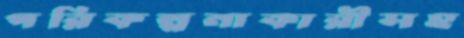
পরিকল্পনাকারীসহ